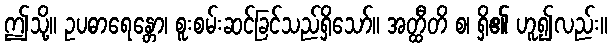
ဤသို့။ ဥပဓာရေန္တော၊ စူးစမ်းဆင်ခြင်သည်ရှိသော်။ အတ္ထီတိ စ၊ ရှိ၏ ဟူ၍လည်း။